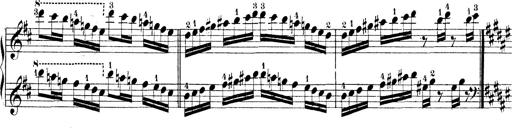
Title: Technische Studien
Composer: Franz Liszt